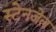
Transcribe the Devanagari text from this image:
स्टेनजेल